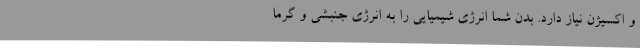
و اکسیژن نیاز دارد. بدن شما انرژی شیمیایی را به انرژی جنبشی و گرما